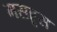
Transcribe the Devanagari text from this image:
मसहूस